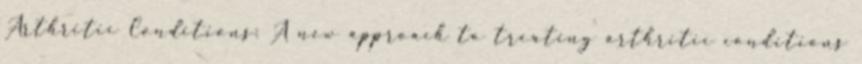
Arthritic Conditions: A new approach to treating arthritic conditions